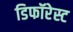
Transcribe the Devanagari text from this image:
डिफॉरेस्ट